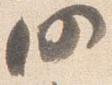
仍